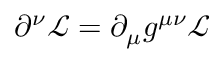
\partial ^ { \nu } { \mathcal { L } } = \partial _ { \mu } g ^ { \mu \nu } { \mathcal { L } }